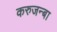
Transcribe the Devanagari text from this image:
करुजन्बा